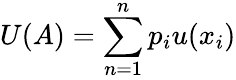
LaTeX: U(A)=\sum_{n=1}^{n}p_{i}u(x_{i})